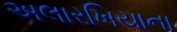
અલારખિયાના